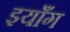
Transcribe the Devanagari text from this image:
इयाँग